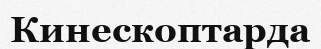
Кинескоптарда